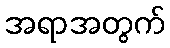
အရာအတွက်